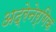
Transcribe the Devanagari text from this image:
अद्रेनेर्गिक